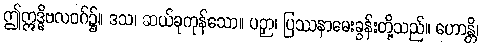
ဤဣဒ္ဓိဗလဝဂ်၌။ ဒသ၊ ဆယ်ခုကုန်သော။ ပဉှာ၊ ပြဿနာမေးခွန်းတို့သည်။ ဟောန္တိ၊